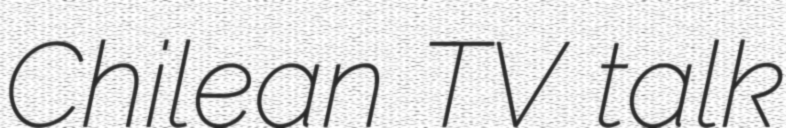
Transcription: Chilean TV talk